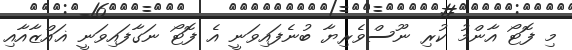
މި ފޮޓޯ އާންމު ކުރި ނޫސްވެރިޔާ ބުނެފައިވަނީ އެ ފޮޓޯ ނަގާފައިވަނީ ޣައްޒާއާއި